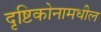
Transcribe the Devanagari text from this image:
दृष्टिकोनामधील